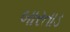
બારતાડ